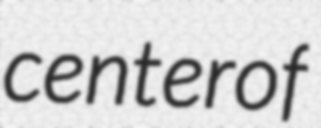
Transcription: center of